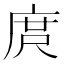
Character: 庹